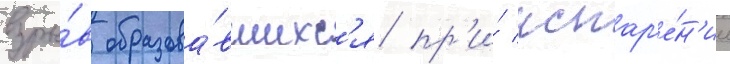
взры́в образова́вшихс'я пр'и́ испар'е́н'ии